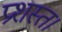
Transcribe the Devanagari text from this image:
प्रशस्त।